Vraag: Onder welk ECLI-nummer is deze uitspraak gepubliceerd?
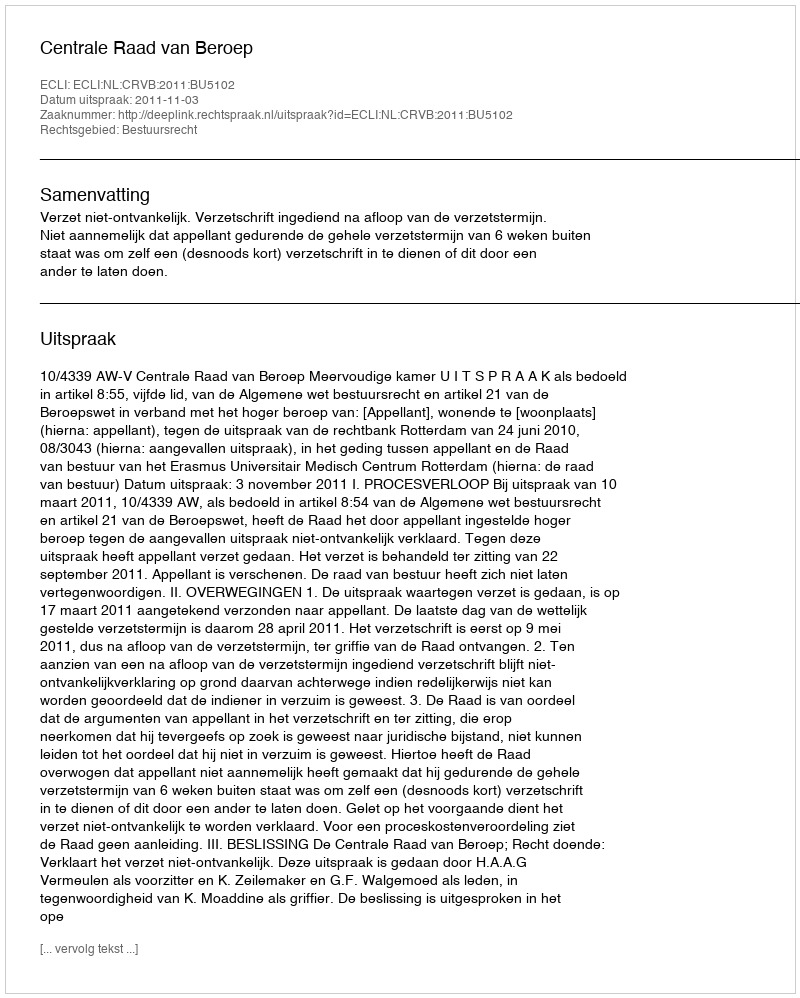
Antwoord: ECLI:NL:CRVB:2011:BU5102